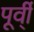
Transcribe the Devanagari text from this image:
पूर्वी्